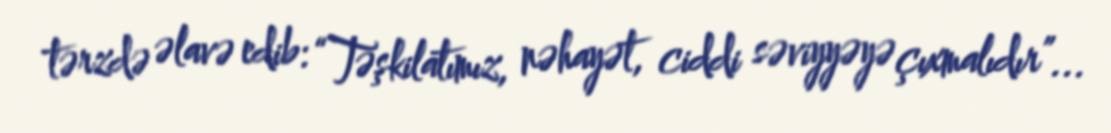
tərzdə əlavə edib: “Təşkilatımız, nəhayət, ciddi səviyyəyə çıxmalıdır”...